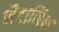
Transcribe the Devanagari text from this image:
नैदानिक